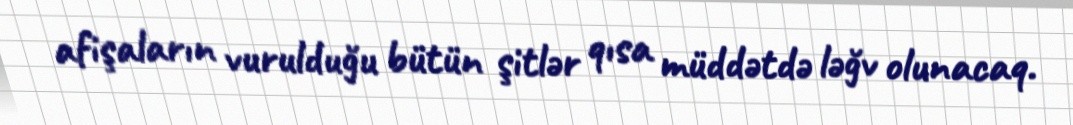
afişaların vurulduğu bütün şitlər qısa müddətdə ləğv olunacaq.